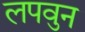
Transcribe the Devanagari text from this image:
लपवुन